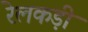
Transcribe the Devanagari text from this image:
रेलकड़ी